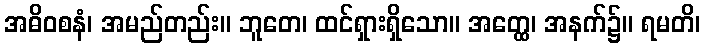
အဓိဝစနံ၊ အမည်တည်း။ ဘူတေ၊ ထင်ရှားရှိသော။ အတ္ထေ၊ အနက်၌။ ရမတိ၊